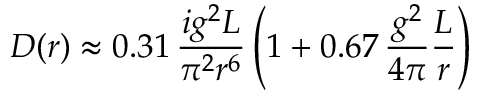
{ \cal D } ( r ) \approx 0 . 3 1 \, \frac { i g ^ { 2 } L } { \pi ^ { 2 } r ^ { 6 } } \left( 1 + 0 . 6 7 \, \frac { g ^ { 2 } } { 4 \pi } \frac { L } { r } \right)